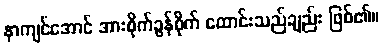
နာကျင်အောင် အားစိုက်ခွန်စိုက် ထောင်းသည်ချည်း ဖြစ်၏။